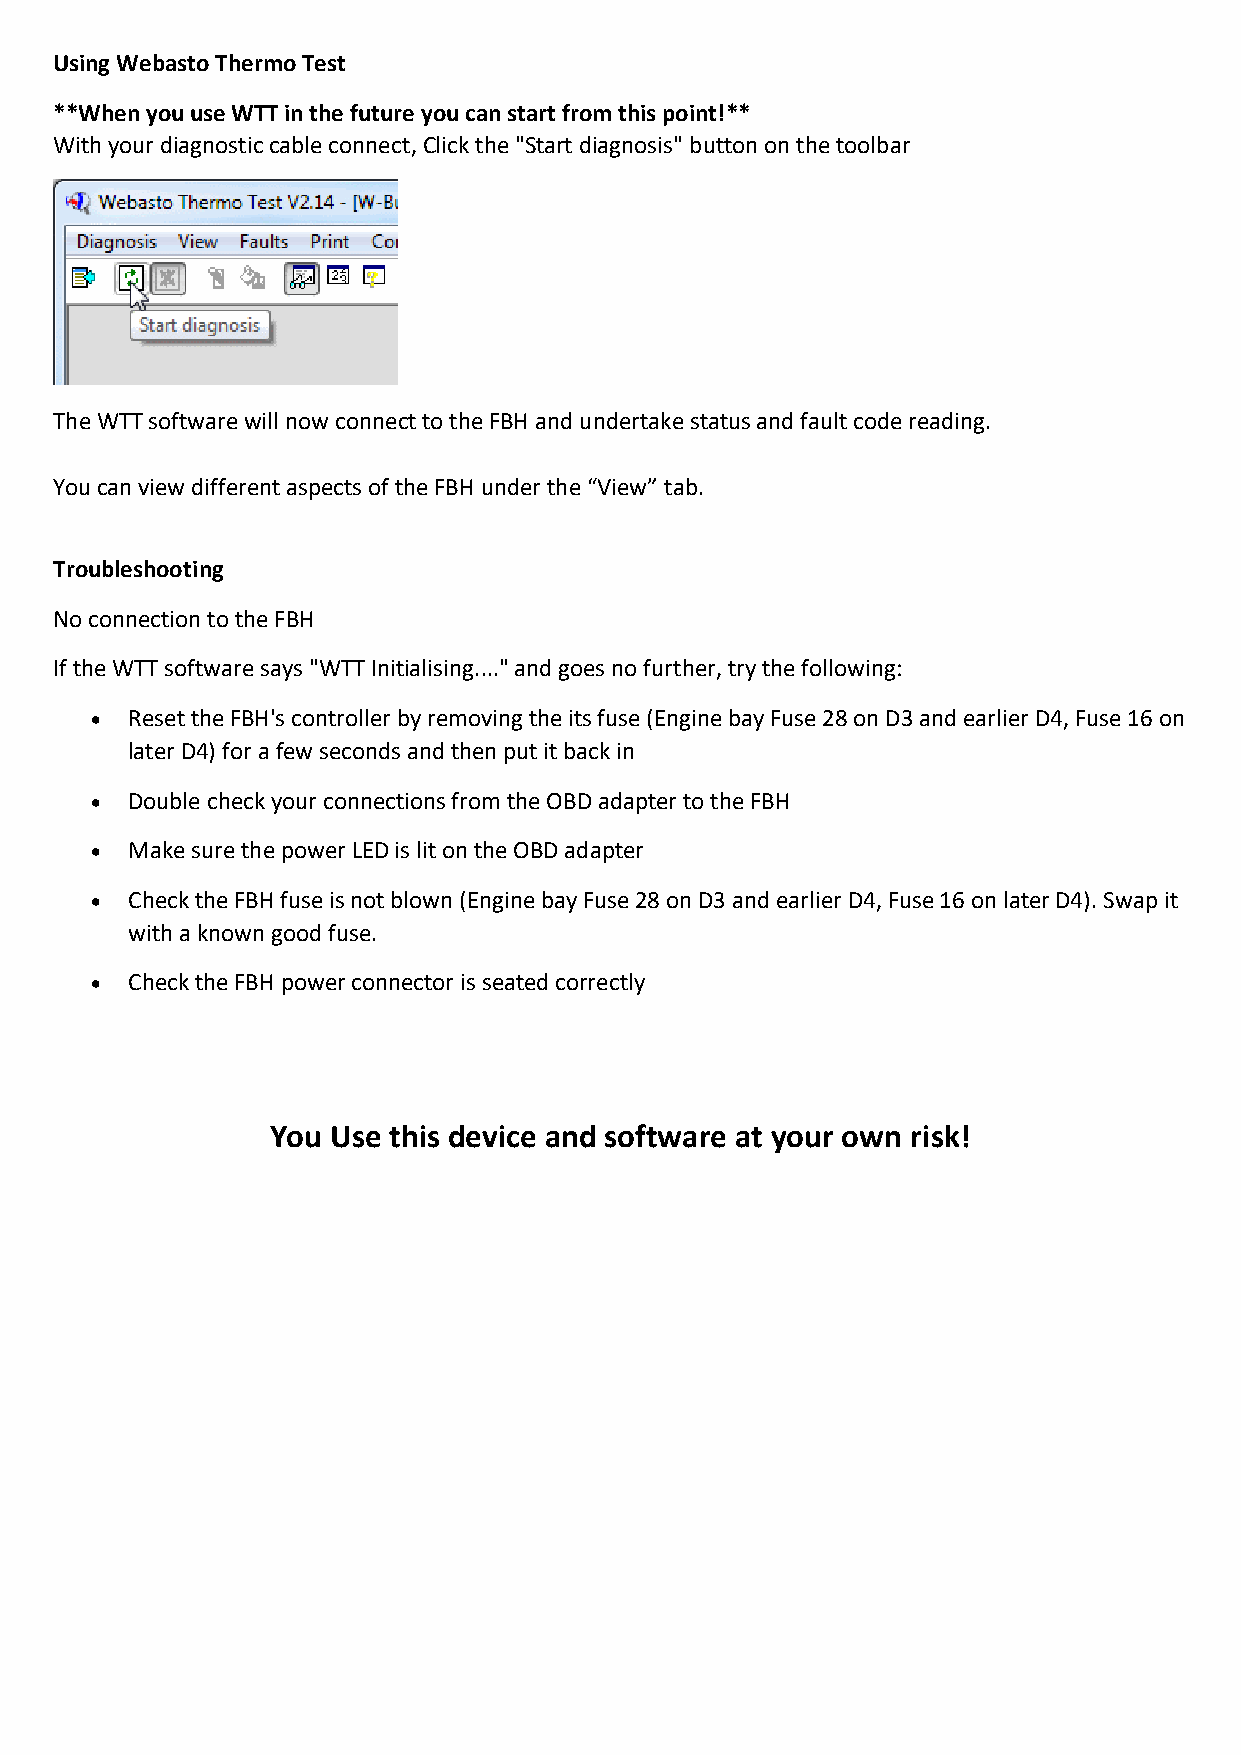
Using Webasto Thermo Test
 **When you use WTT in the future you can start from this point!**
 With your diagnostic cable connect, Click the "Start diagnosis" button on the toolbar
 The WTT software will now connect to the FBH and undertake status and fault code reading.
 You can view different aspects of the FBH under the “View” tab.
 Troubleshooting
 No connection to the FBH
 If the WTT software says "WTT Initialising...." and goes no further, try the following:
  Reset the FBH's controller by removing the its fuse (Engine bay Fuse 28 on D3 and earlier D4, Fuse 16 on
 later D4) for a few seconds and then put it back in
  Double check your connections from the OBD adapter to the FBH
  Make sure the power LED is lit on the OBD adapter
  Check the FBH fuse is not blown (Engine bay Fuse 28 on D3 and earlier D4, Fuse 16 on later D4). Swap it
 with a known good fuse.
  Check the FBH power connector is seated correctly
 You Use this device and software at your own risk!